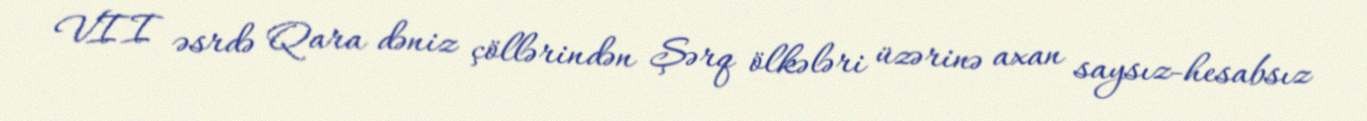
VII əsrdə Qara dəniz çöllərindən Şərq ölkələri üzərinə axan saysız-hesabsız